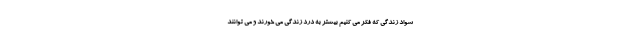
سواد زندگی که فکر می کنیم بیشتر به درد زندگی می خورند و می توانند